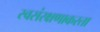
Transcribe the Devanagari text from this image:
स्वसंरक्षणाकरता